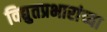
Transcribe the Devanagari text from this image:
विद्युतप्रभारांच्या